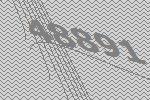
48891